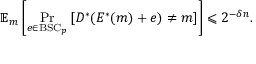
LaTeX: \mathbb { E } _ { m } \left[ \operatorname* { P r } _ { e \in { \mathrm { B S C } } _ { p } } \left[ D ^ { * } ( E ^ { * } ( m ) + e ) \neq m \right] \right] \leqslant 2 ^ { - \delta n } .